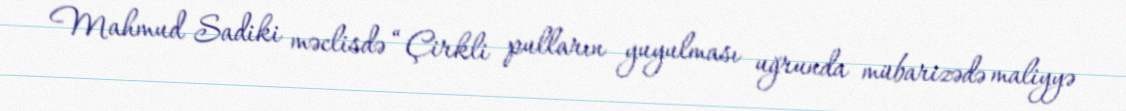
Mahmud Sadiki məclisdə “Çirkli pulların yuyulması uğrunda mübarizədə maliyyə